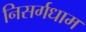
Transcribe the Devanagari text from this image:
निसर्गधाम